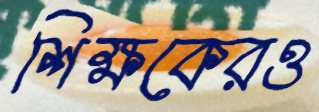
শিক্ষকেরও